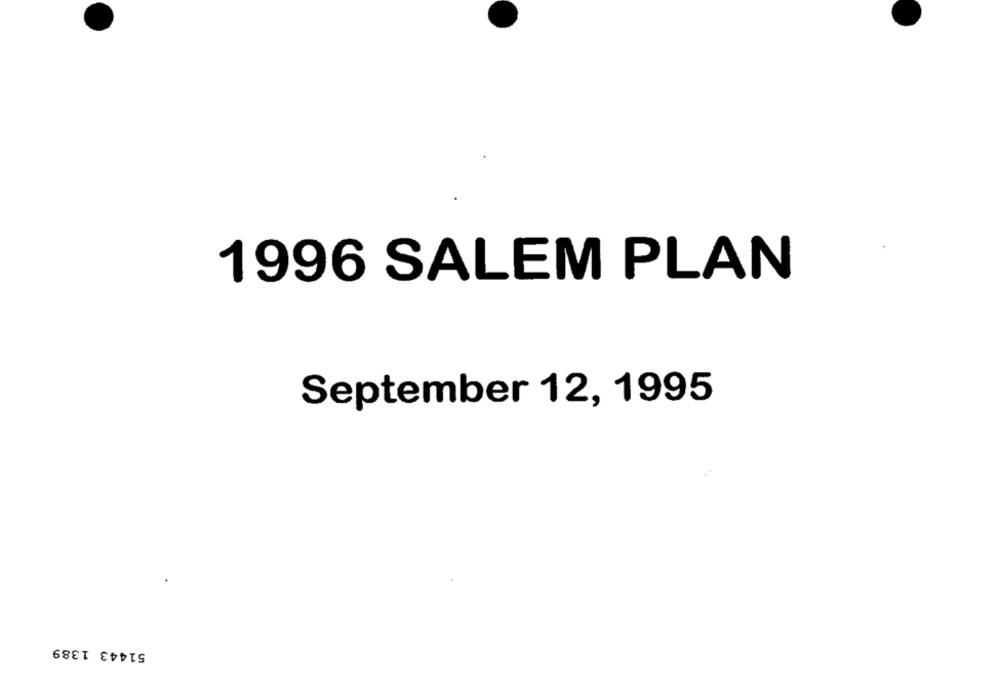
1996 SALEM PLAN
September 12, 1995
51443 1389